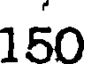
150